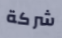
شركة